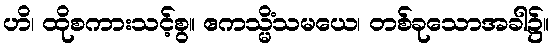
ဟိ၊ ထိုစကားသင့်စွ။ ဧကသ္မိံသမယေ၊ တစ်ခုသောအခါ၌။